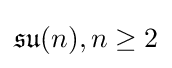
{\mathfrak {su}}(n),n\geq 2